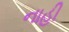
નાહી